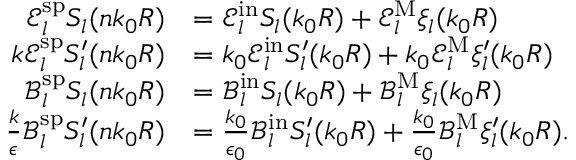
\begin{array} { r l } { \mathcal { E } _ { l } ^ { \mathrm { s p } } S _ { l } ( n k _ { 0 } R ) } & { = \mathcal { E } _ { l } ^ { \mathrm { i n } } S _ { l } ( k _ { 0 } R ) + \mathcal { E } _ { l } ^ { \mathrm { M } } \xi _ { l } ( k _ { 0 } R ) } \\ { k \mathcal { E } _ { l } ^ { \mathrm { s p } } S _ { l } ^ { \prime } ( n k _ { 0 } R ) } & { = k _ { 0 } \mathcal { E } _ { l } ^ { \mathrm { i n } } S _ { l } ^ { \prime } ( k _ { 0 } R ) + k _ { 0 } \mathcal { E } _ { l } ^ { \mathrm { M } } \xi _ { l } ^ { \prime } ( k _ { 0 } R ) } \\ { \mathcal { B } _ { l } ^ { \mathrm { s p } } S _ { l } ( n k _ { 0 } R ) } & { = \mathcal { B } _ { l } ^ { \mathrm { i n } } S _ { l } ( k _ { 0 } R ) + \mathcal { B } _ { l } ^ { \mathrm { M } } \xi _ { l } ( k _ { 0 } R ) } \\ { \frac { k } { \epsilon } \mathcal { B } _ { l } ^ { \mathrm { s p } } S _ { l } ^ { \prime } ( n k _ { 0 } R ) } & { = \frac { k _ { 0 } } { \epsilon _ { 0 } } \mathcal { B } _ { l } ^ { \mathrm { i n } } S _ { l } ^ { \prime } ( k _ { 0 } R ) + \frac { k _ { 0 } } { \epsilon _ { 0 } } \mathcal { B } _ { l } ^ { \mathrm { M } } \xi _ { l } ^ { \prime } ( k _ { 0 } R ) . } \end{array}